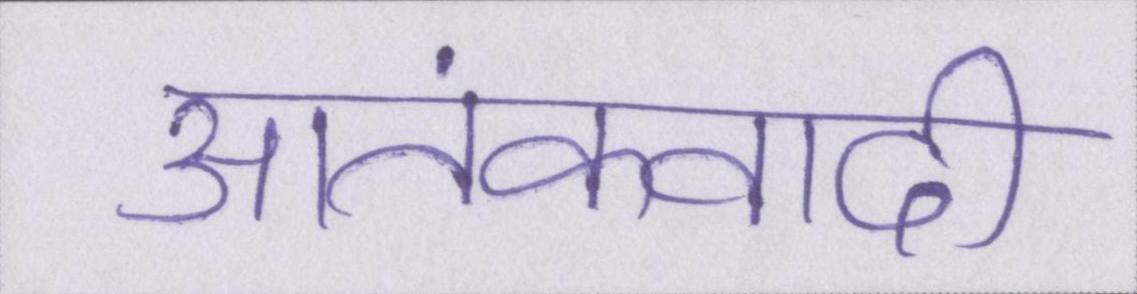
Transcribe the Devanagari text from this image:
आतंकवादी